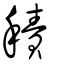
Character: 積